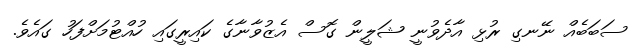
ސަބަބެއް ނޭނގި ރުޅި އާދެވުނީ ޝަލީން ގޮސް އެޒުވާނާގެ ކައިރީގައި ހުއްޓުމަށްފަހު ގައެވެ.